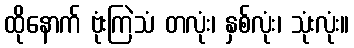
ထိုနောက် ဗုံးကြဲသံ တလုံး၊ နှစ်လုံး၊ သုံးလုံး။